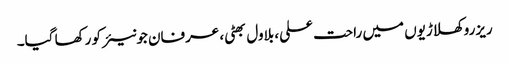
ریزرو کھلاڑیوں میں راحت علی، بلاول بھٹی، عرفان جونیئر کو رکھا گیا۔